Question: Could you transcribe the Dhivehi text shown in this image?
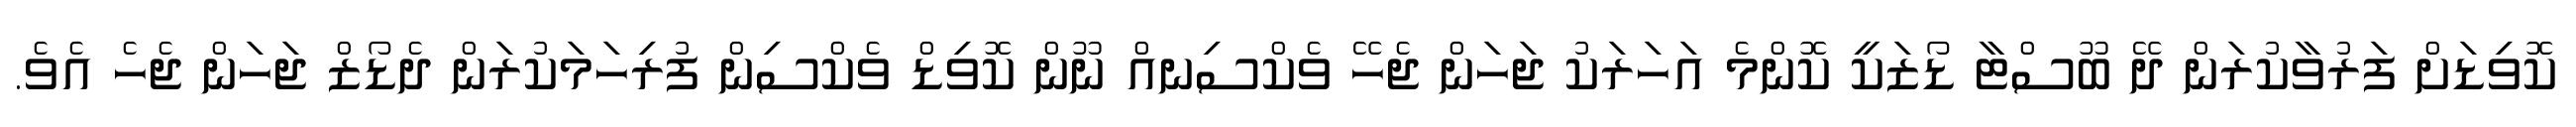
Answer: ކޮވިޑަށް ފަރުވާކުރަން ދޭ ބޫސްޓާ ޑޯޒަކީ ކޮންމެ އަހަރަކު ޖަހަން ޖެހޭ ވެކްސިނއް ނޫން ކޮވިޑް ވެކްސިން ފުރިހަމަކުރަން ދެޑޯޒް ޖަހަން ޖެހެ އެވެ.